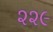
૨૨૯